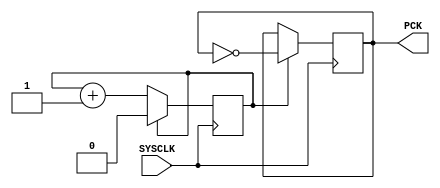
`timescale 1ns / 1ps
//////////////////////////////////////////////////////////////////////////////////
// Company: 
// Engineer: 
// 
// Design Name: 
// Module Name: pckgen
// Project Name: 
// Target Devices: 
// Tool Versions: 
// Description: 
// 
// Dependencies: 
// 
// Revision:
// Revision 0.01 - File Created
// Additional Comments:
// 
//////////////////////////////////////////////////////////////////////////////////

module pckgen (
    input   SYSCLK,
    output  reg PCK
);

    reg     cnt;
    initial begin
        PCK <= 0;
        cnt <= 1'b1;
    end
    
    always @(posedge SYSCLK) begin
        if(cnt == 1'b1) begin
            cnt <= 0;
            PCK <= ~PCK;
        end else
            cnt <= cnt + 1;
    end

endmodule